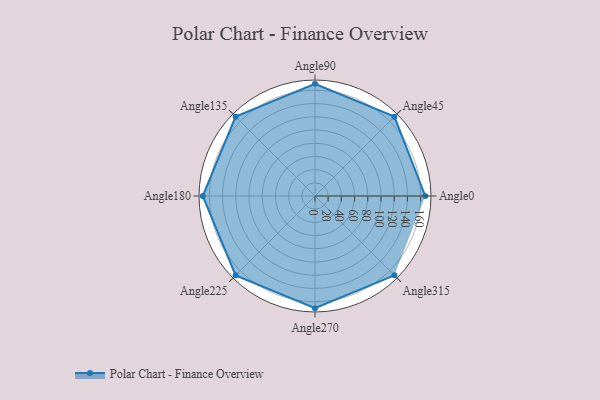
{"axis": {"x": "Angle", "y": "Radius"}, "legend": [""], "data": [{"x": "Angle0", "y": 167.0, "type": ""}, {"x": "Angle45", "y": 170, "type": ""}, {"x": "Angle90", "y": 170, "type": ""}, {"x": "Angle135", "y": 170, "type": ""}, {"x": "Angle180", "y": 170, "type": ""}, {"x": "Angle225", "y": 170, "type": ""}, {"x": "Angle270", "y": 170, "type": ""}, {"x": "Angle315", "y": 170, "type": ""}]}